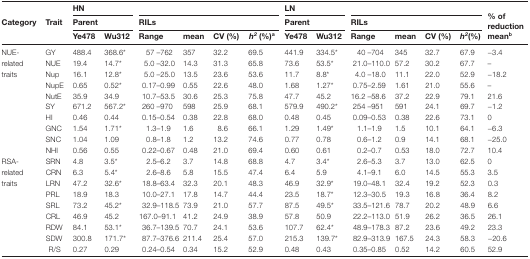
<table><thead><tr><td rowspan="3"><b>Category</b></td><td rowspan="3"><b>Trait</b></td><td colspan="6"><b>HN</b></td><td colspan="6"><b>LN</b></td><td rowspan="3"><b>% of reduction mean<sup>b</sup></b></td></tr><tr><td colspan="2"><b>Parent</b></td><td colspan="4"><b>RILs</b></td><td colspan="2"><b>Parent</b></td><td colspan="4"><b>RILs</b></td></tr><tr><td><b>Ye478</b></td><td><b>Wu312</b></td><td><b>Range</b></td><td><b>mean</b></td><td><b>CV (%)</b></td><td><b><i>h</i><sup><i>2</i></sup> (%)<sup>a</sup></b></td><td><b>Ye478</b></td><td><b>Wu312</b></td><td><b>Range</b></td><td><b>mean</b></td><td><b>CV (%)</b></td><td><b><i>h</i><sup><i>2</i></sup>(%)</b></td></tr></thead><tbody><tr><td rowspan="10">NUE- related traits</td><td>GY</td><td>488.4</td><td>368.6*</td><td>57 –762</td><td>357</td><td>32.2</td><td>69.5</td><td>441.9</td><td>334.5*</td><td>40 –704</td><td>345</td><td>32.7</td><td>67.9</td><td>−3.4</td></tr><tr><td>NUE</td><td>19.4</td><td>14.7*</td><td>5.0 –32.0</td><td>14.3</td><td>31.3</td><td>65.8</td><td>73.6</td><td>53.5*</td><td>21.0–110.0</td><td>57.2</td><td>30.2</td><td>67.7</td><td>–</td></tr><tr><td>Nup</td><td>16.1</td><td>12.8*</td><td>5.0 –25.0</td><td>13.5</td><td>23.6</td><td>53.6</td><td>11.7</td><td>8.8*</td><td>4.0 –18.0</td><td>11.1</td><td>22.0</td><td>52.9</td><td>−18.2</td></tr><tr><td>NupE</td><td>0.65</td><td>0.52*</td><td>0.17–0.99</td><td>0.55</td><td>22.6</td><td>48.0</td><td>1.68</td><td>1.27*</td><td>0.75–2.59</td><td>1.61</td><td>21.0</td><td>55.6</td><td>–</td></tr><tr><td>NutE</td><td>35.9</td><td>34.9</td><td>10.7–53.5</td><td>30.6</td><td>25.3</td><td>75.8</td><td>47.7</td><td>45.2</td><td>16.2 –58.6</td><td>37.2</td><td>22.9</td><td>79.1</td><td>21.6</td></tr><tr><td>SY</td><td>671.2</td><td>567.2*</td><td>260 –970</td><td>598</td><td>25.9</td><td>68.1</td><td>579.9</td><td>490.2*</td><td>254 –951</td><td>591</td><td>24.1</td><td>69.7</td><td>−1.2</td></tr><tr><td>HI</td><td>0.46</td><td>0.44</td><td>0.15–0.54</td><td>0.38</td><td>22.8</td><td>68.0</td><td>0.48</td><td>0.45</td><td>0.09–0.53</td><td>0.38</td><td>22.6</td><td>73.1</td><td>0</td></tr><tr><td>GNC</td><td>1.54</td><td>1.71*</td><td>1.3–1.9</td><td>1.6</td><td>8.6</td><td>66.1</td><td>1.29</td><td>1.49*</td><td>1.1–1.9</td><td>1.5</td><td>10.1</td><td>64.1</td><td>−6.3</td></tr><tr><td>SNC</td><td>1.04</td><td>1.09</td><td>0.8–1.8</td><td>1.2</td><td>13.2</td><td>74.6</td><td>0.77</td><td>0.78</td><td>0.6–1.2</td><td>0.9</td><td>14.1</td><td>68.1</td><td>−25.0</td></tr><tr><td>NHI</td><td>0.56</td><td>0.55</td><td>0.22–0.67</td><td>0.48</td><td>21.0</td><td>69.4</td><td>0.60</td><td>0.61</td><td>0.2–0.7</td><td>0.53</td><td>18.0</td><td>72.7</td><td>10.4</td></tr><tr><td rowspan="9">RSA- related traits</td><td>SRN</td><td>4.8</td><td>3.5*</td><td>2.5–6.2</td><td>3.7</td><td>14.8</td><td>68.8</td><td>4.7</td><td>3.4*</td><td>2.6–5.3</td><td>3.7</td><td>13.0</td><td>62.5</td><td>0</td></tr><tr><td>CRN</td><td>6.3</td><td>5.4*</td><td>2.6–8.6</td><td>5.8</td><td>15.5</td><td>47.4</td><td>6.4</td><td>5.9</td><td>4.1–9.1</td><td>6.0</td><td>14.5</td><td>55.3</td><td>3.5</td></tr><tr><td>LRN</td><td>47.2</td><td>32.6*</td><td>18.8–63.4</td><td>32.3</td><td>20.1</td><td>48.3</td><td>46.9</td><td>32.9*</td><td>19.0–48.1</td><td>32.4</td><td>19.2</td><td>52.3</td><td>0.3</td></tr><tr><td>PRL</td><td>18.9</td><td>18.3</td><td>10.0–27.1</td><td>17.8</td><td>14.7</td><td>44.4</td><td>23.5</td><td>18.7*</td><td>12.3–30.5</td><td>19.3</td><td>16.8</td><td>36.4</td><td>8.2</td></tr><tr><td>SRL</td><td>73.2</td><td>45.2*</td><td>32.9–118.5</td><td>73.9</td><td>21.0</td><td>57.7</td><td>87.5</td><td>49.5*</td><td>33.5–121.6</td><td>78.7</td><td>20.2</td><td>48.9</td><td>6.6</td></tr><tr><td>CRL</td><td>46.9</td><td>45.2</td><td>167.0–91.1</td><td>41.2</td><td>24.9</td><td>38.9</td><td>57.8</td><td>50.9</td><td>22.2–113.0</td><td>51.9</td><td>26.2</td><td>36.5</td><td>26.1</td></tr><tr><td>RDW</td><td>84.1</td><td>53.1*</td><td>36.7–139.5</td><td>70.7</td><td>24.1</td><td>53.6</td><td>107.7</td><td>62.4*</td><td>48.9–178.3</td><td>87.2</td><td>23.6</td><td>49.2</td><td>23.3</td></tr><tr><td>SDW</td><td>300.8</td><td>171.7*</td><td>87.7–376.6</td><td>211.4</td><td>25.4</td><td>57.0</td><td>215.3</td><td>139.7*</td><td>82.9–313.9</td><td>167.5</td><td>24.3</td><td>58.3</td><td>−20.6</td></tr><tr><td>R/S</td><td>0.27</td><td>0.29</td><td>0.24–0.54</td><td>0.34</td><td>15.2</td><td>52.9</td><td>0.48</td><td>0.43</td><td>0.35–0.85</td><td>0.52</td><td>14.2</td><td>60.5</td><td>52.9</td></tr></tbody></table>